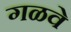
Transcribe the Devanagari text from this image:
गळवे